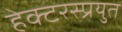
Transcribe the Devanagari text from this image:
हेक्टरस्प्रयुत